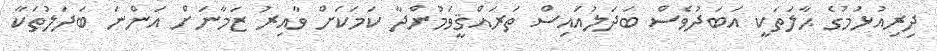
ދިރިއުޅުމުގެ ޙާލަތަކީ އަބަދުވެސް ބަދަލުއައިސް ތަރައްޤީވަމުންދާ ކަމަކަށް ވާއިރު ޒަމާނަށް އަންނަ ބަދަލުތަކާ